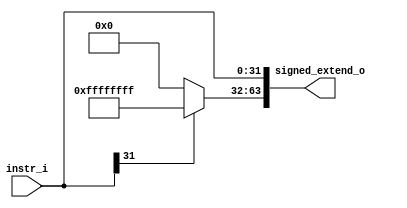
module Imm_Gen#(
    parameter INST_W = 32,
    parameter ADDR_W = 64
)(
    instr_i,
    signed_extend_o
);
               
//I/O ports
input   [INST_W-1:0] instr_i;
output  [ADDR_W-1:0] signed_extend_o;

//Internal Signals
reg     [ADDR_W-1:0] signed_extend_o;

//Sign extended
integer	i;
always@(instr_i) begin
	signed_extend_o[INST_W:0] = instr_i[31:0];
    signed_extend_o[ADDR_W-1:INST_W] = (instr_i[31])? {32{1'b1}}:{32'b0};
end
          
endmodule